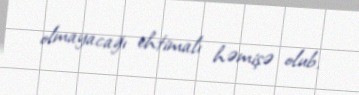
olmayacağı ehtimalı həmişə olub.